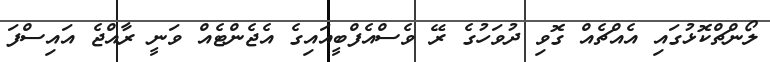
ލޯންޗްކޮޅުގައި އެއްޗެއް ގޮވި ދުވަހުގެ ރޭ ވެސްއެފްބީއައިގެ އެޖެންޓެއް ވަނީ ރާއްޖެ އައިސްފަ